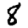
Digit: 8